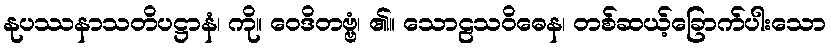
နုပဿနာသတိပဋ္ဌာနံ၊ ကို။ ဝေဒိတဗ္ဗံ၊ ၏။ သောဠသဝိဓေန၊ တစ်ဆယ့်ခြောက်ပါးသော